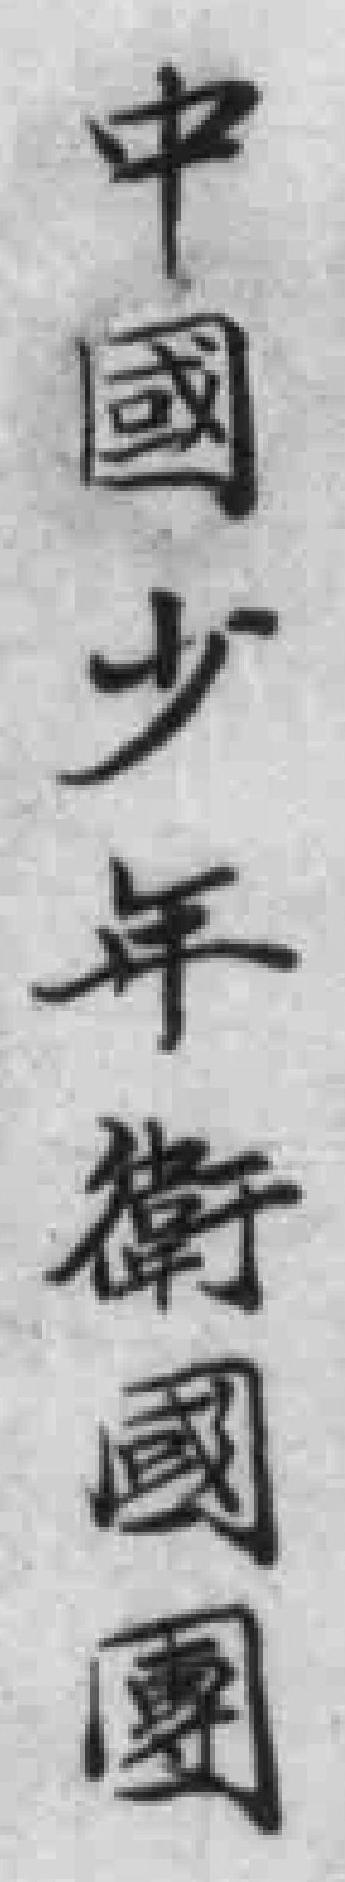
中國少年衛國團